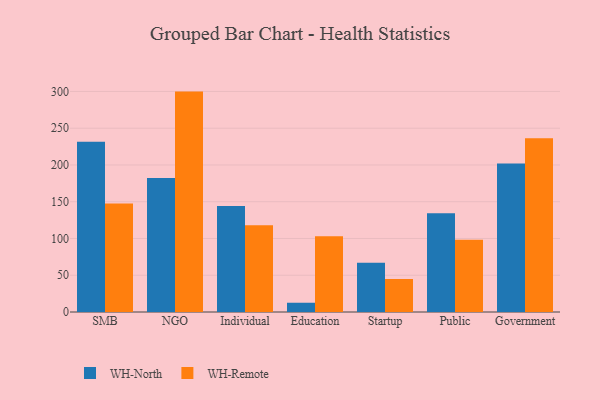
{"axis": {"x": "Segment", "y": "Waste Production (Tons)"}, "legend": ["WH-North", "WH-Remote"], "data": [{"x": "SMB", "y": 231.7, "type": "WH-North"}, {"x": "SMB", "y": 147.5, "type": "WH-Remote"}, {"x": "NGO", "y": 182.4, "type": "WH-North"}, {"x": "NGO", "y": 299.8, "type": "WH-Remote"}, {"x": "Individual", "y": 144.3, "type": "WH-North"}, {"x": "Individual", "y": 118.0, "type": "WH-Remote"}, {"x": "Education", "y": 12.6, "type": "WH-North"}, {"x": "Education", "y": 103.0, "type": "WH-Remote"}, {"x": "Startup", "y": 67.0, "type": "WH-North"}, {"x": "Startup", "y": 44.9, "type": "WH-Remote"}, {"x": "Public", "y": 134.3, "type": "WH-North"}, {"x": "Public", "y": 98.2, "type": "WH-Remote"}, {"x": "Government", "y": 202.0, "type": "WH-North"}, {"x": "Government", "y": 236.3, "type": "WH-Remote"}]}